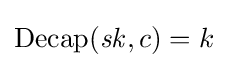
\operatorname {Decap} ({\mathit {sk}},c)=k